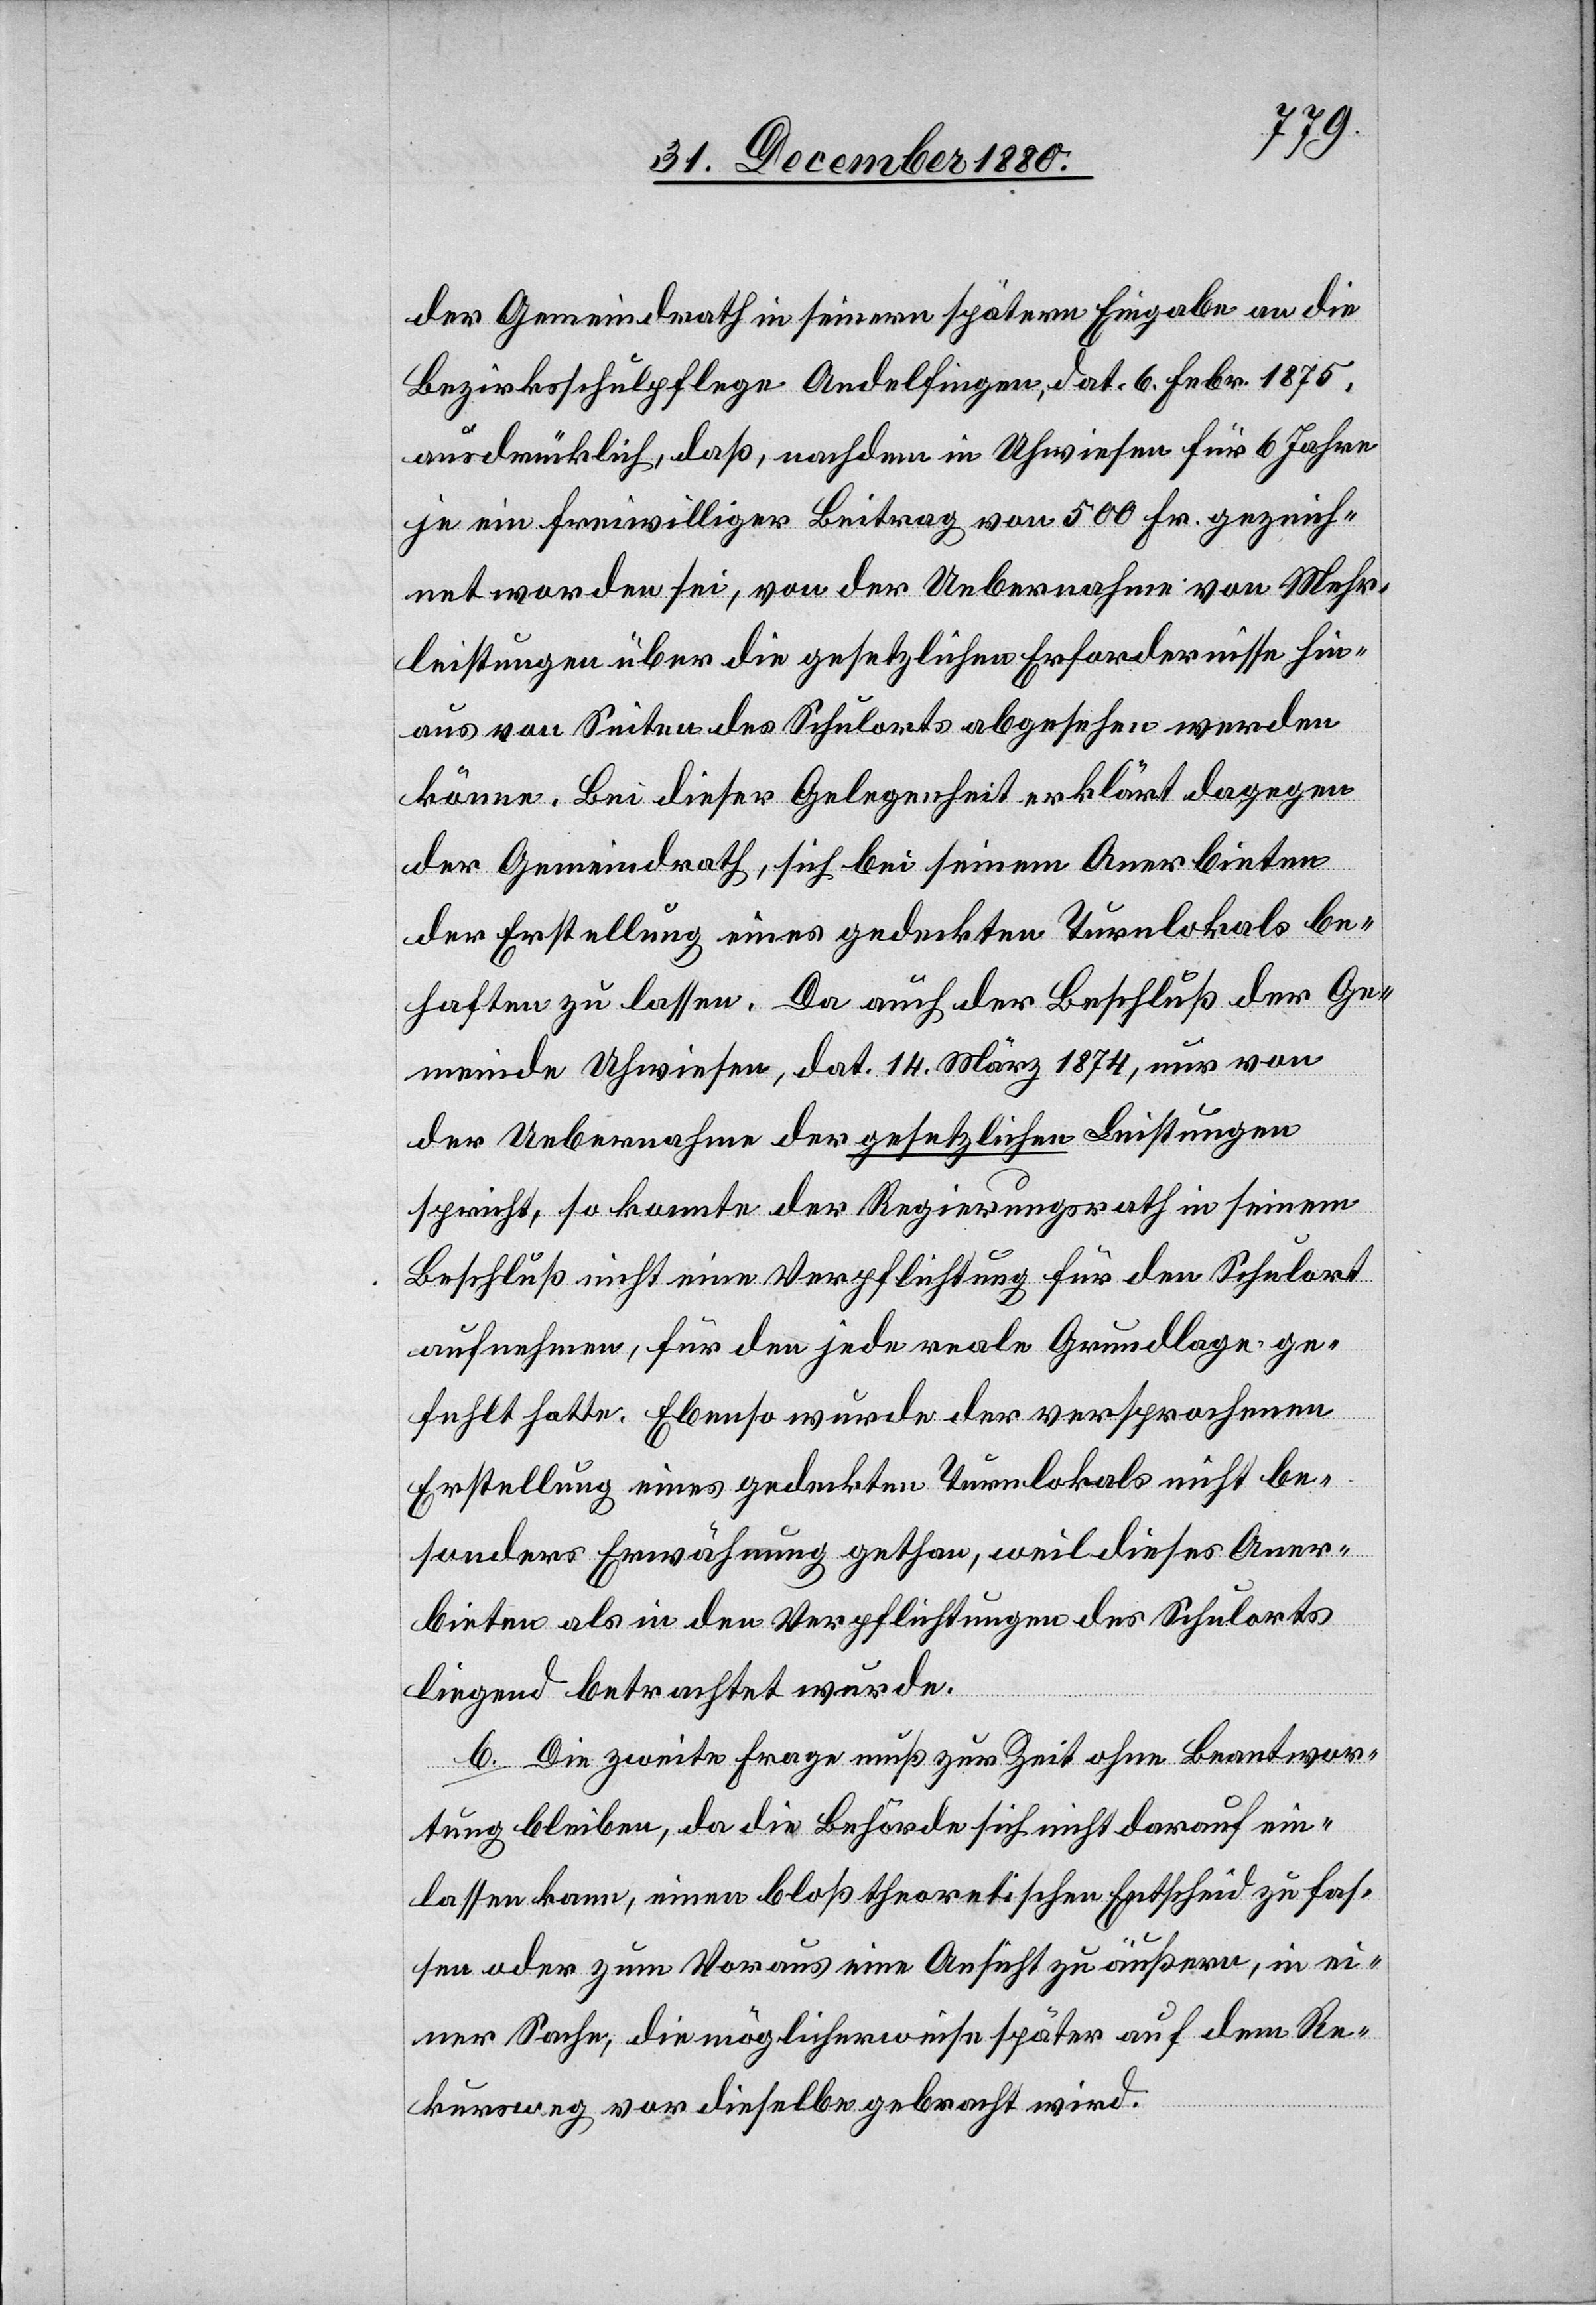
der Gemeindrath in seinern [sic!] spätern Eingabe an die
Bezirksschulpflege Andelfingen, dat. 6. Febr. 1875,
ausdrücklich, daß, nachdem in Uhwiesen für 6 Jahre
je ein freiwilliger Beitrag von 500 Fr. gezeich¬
net worden sei, von der Uebernahme von Mehr¬
leistungen über die gesetzlichen Erfordernisse hin¬
aus von Seiten des Schulorts abgesehen werden
könne. Bei dieser Gelegenheit erklärt dagegen
der Gemeindrath, sich bei seinem Anerbieten
der Erstellung eines gedeckten Turnlokals be¬
haften zu lassen. Da auch der Beschluß der Ge¬
meinde Uhwiesen, dat. 14. März 1874, nur von
der Uebernahme der gesetzlichen Leistungen
spricht, so konnte der Regierungsrath in seinem
Beschluß nicht eine Verpflichtung für den Schulort
aufnehmen, für den jede reale Grundlage ge¬
fehlt hatte. Ebenso wurde der versprochenen
Erstellung eines gedeckten Turnlokals nicht be¬
sonders Erwähnung gethan, weil dieses Aner¬
bieten als in den Verpflichtungen des Schulorts
liegend betrachtet wurde.
b. Die zweite Frage muß zur Zeit ohne Beantwor¬
tung bleiben, da die Behörde sich nicht darauf ein¬
lassen kann, einen bloß theoretischen Entscheid zu fas¬
sen oder zum Voraus eine Ansicht zu äußern, in ei¬
ner Sache, die möglicherweise später auf dem Re¬
kursweg vor dieselbe gebracht wird.